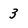
Character: 3